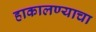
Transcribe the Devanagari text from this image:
हाकालण्याचा